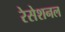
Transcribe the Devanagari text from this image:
रेसेशनल